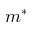
m ^ { * }